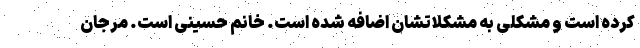
کرده است و مشکلی به مشکلاتشان اضافه شده است. خانم حسینی است. مرجان